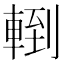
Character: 𨍀